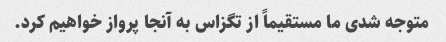
متوجه شدی ما مستقیماً از تگزاس به آنجا پرواز خواهیم کرد.